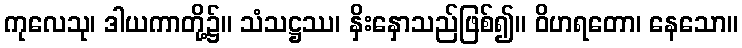
ကုလေသု၊ ဒါယကာတို့၌။ သံသဋ္ဌဿ၊ နှိးနှောသည်ဖြစ်၍။ ဝိဟရတော၊ နေသော။